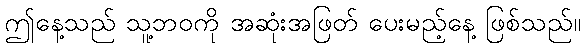
ဤနေ့သည် သူ့ဘဝကို အဆုံးအဖြတ် ပေးမည့်နေ့ ဖြစ်သည်။